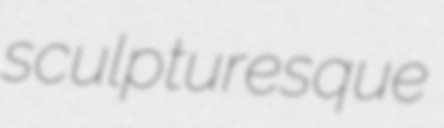
sculpturesque